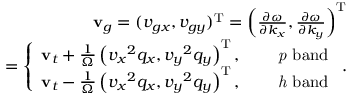
\begin{array} { r l r } & { } & { { \bf v } _ { g } = ( v _ { g x } , v _ { g y } ) ^ { \mathrm { T } } = \left( \frac { \partial \omega } { \partial k _ { x } } , \frac { \partial \omega } { \partial k _ { y } } \right) ^ { \mathrm { T } } } \\ & { } & { ~ ~ ~ = \left\{ \begin{array} { l l } { { \bf v } _ { t } + \frac { 1 } { \Omega } \left( { v _ { x } } ^ { 2 } q _ { x } , { v _ { y } } ^ { 2 } q _ { y } \right) ^ { \mathrm { T } } , } & { \quad \mathrm { { \it ~ p } ~ b a n d } } \\ { { \bf v } _ { t } - \frac { 1 } { \Omega } \left( { v _ { x } } ^ { 2 } q _ { x } , { v _ { y } } ^ { 2 } q _ { y } \right) ^ { \mathrm { T } } , } & { \quad \mathrm { { \it ~ h } ~ b a n d } } \end{array} \right. . } \end{array}